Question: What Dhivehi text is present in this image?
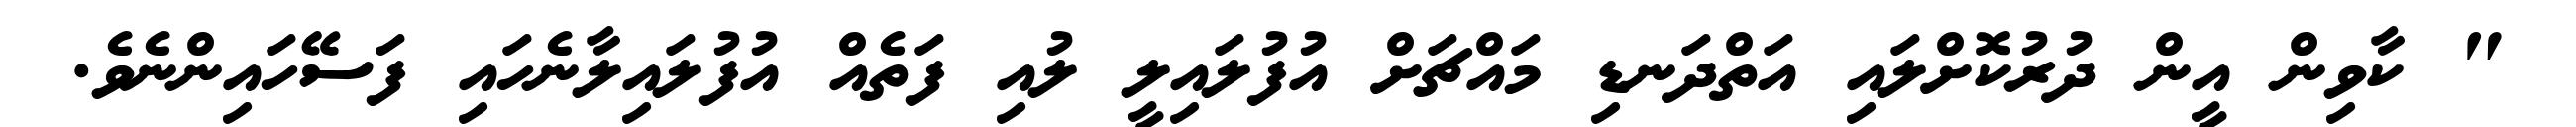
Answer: " ކާވިން އީން ދުރުކޮށްލައި އަތްދަނޑި މައްޗަށް އުފުލައިލީ ލުއި ފަތެއް އުފުލައިލާނެހައި ފަސޭހައިންނެވެ.